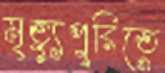
মৃত্যুপুরিতে